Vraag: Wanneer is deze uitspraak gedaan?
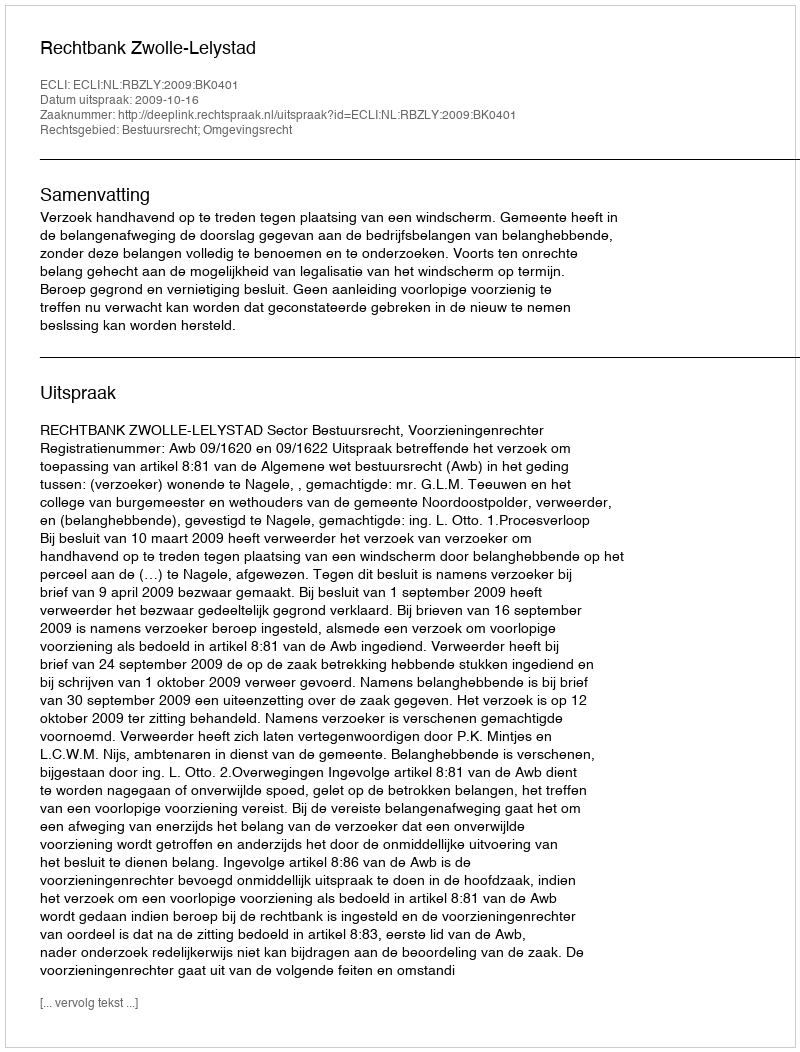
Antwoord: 2009-10-16